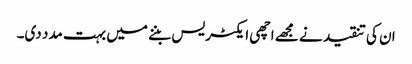
ان کی تنقید نے مجھے اچھی ایکٹریس بننے میں بہت مدد دی۔